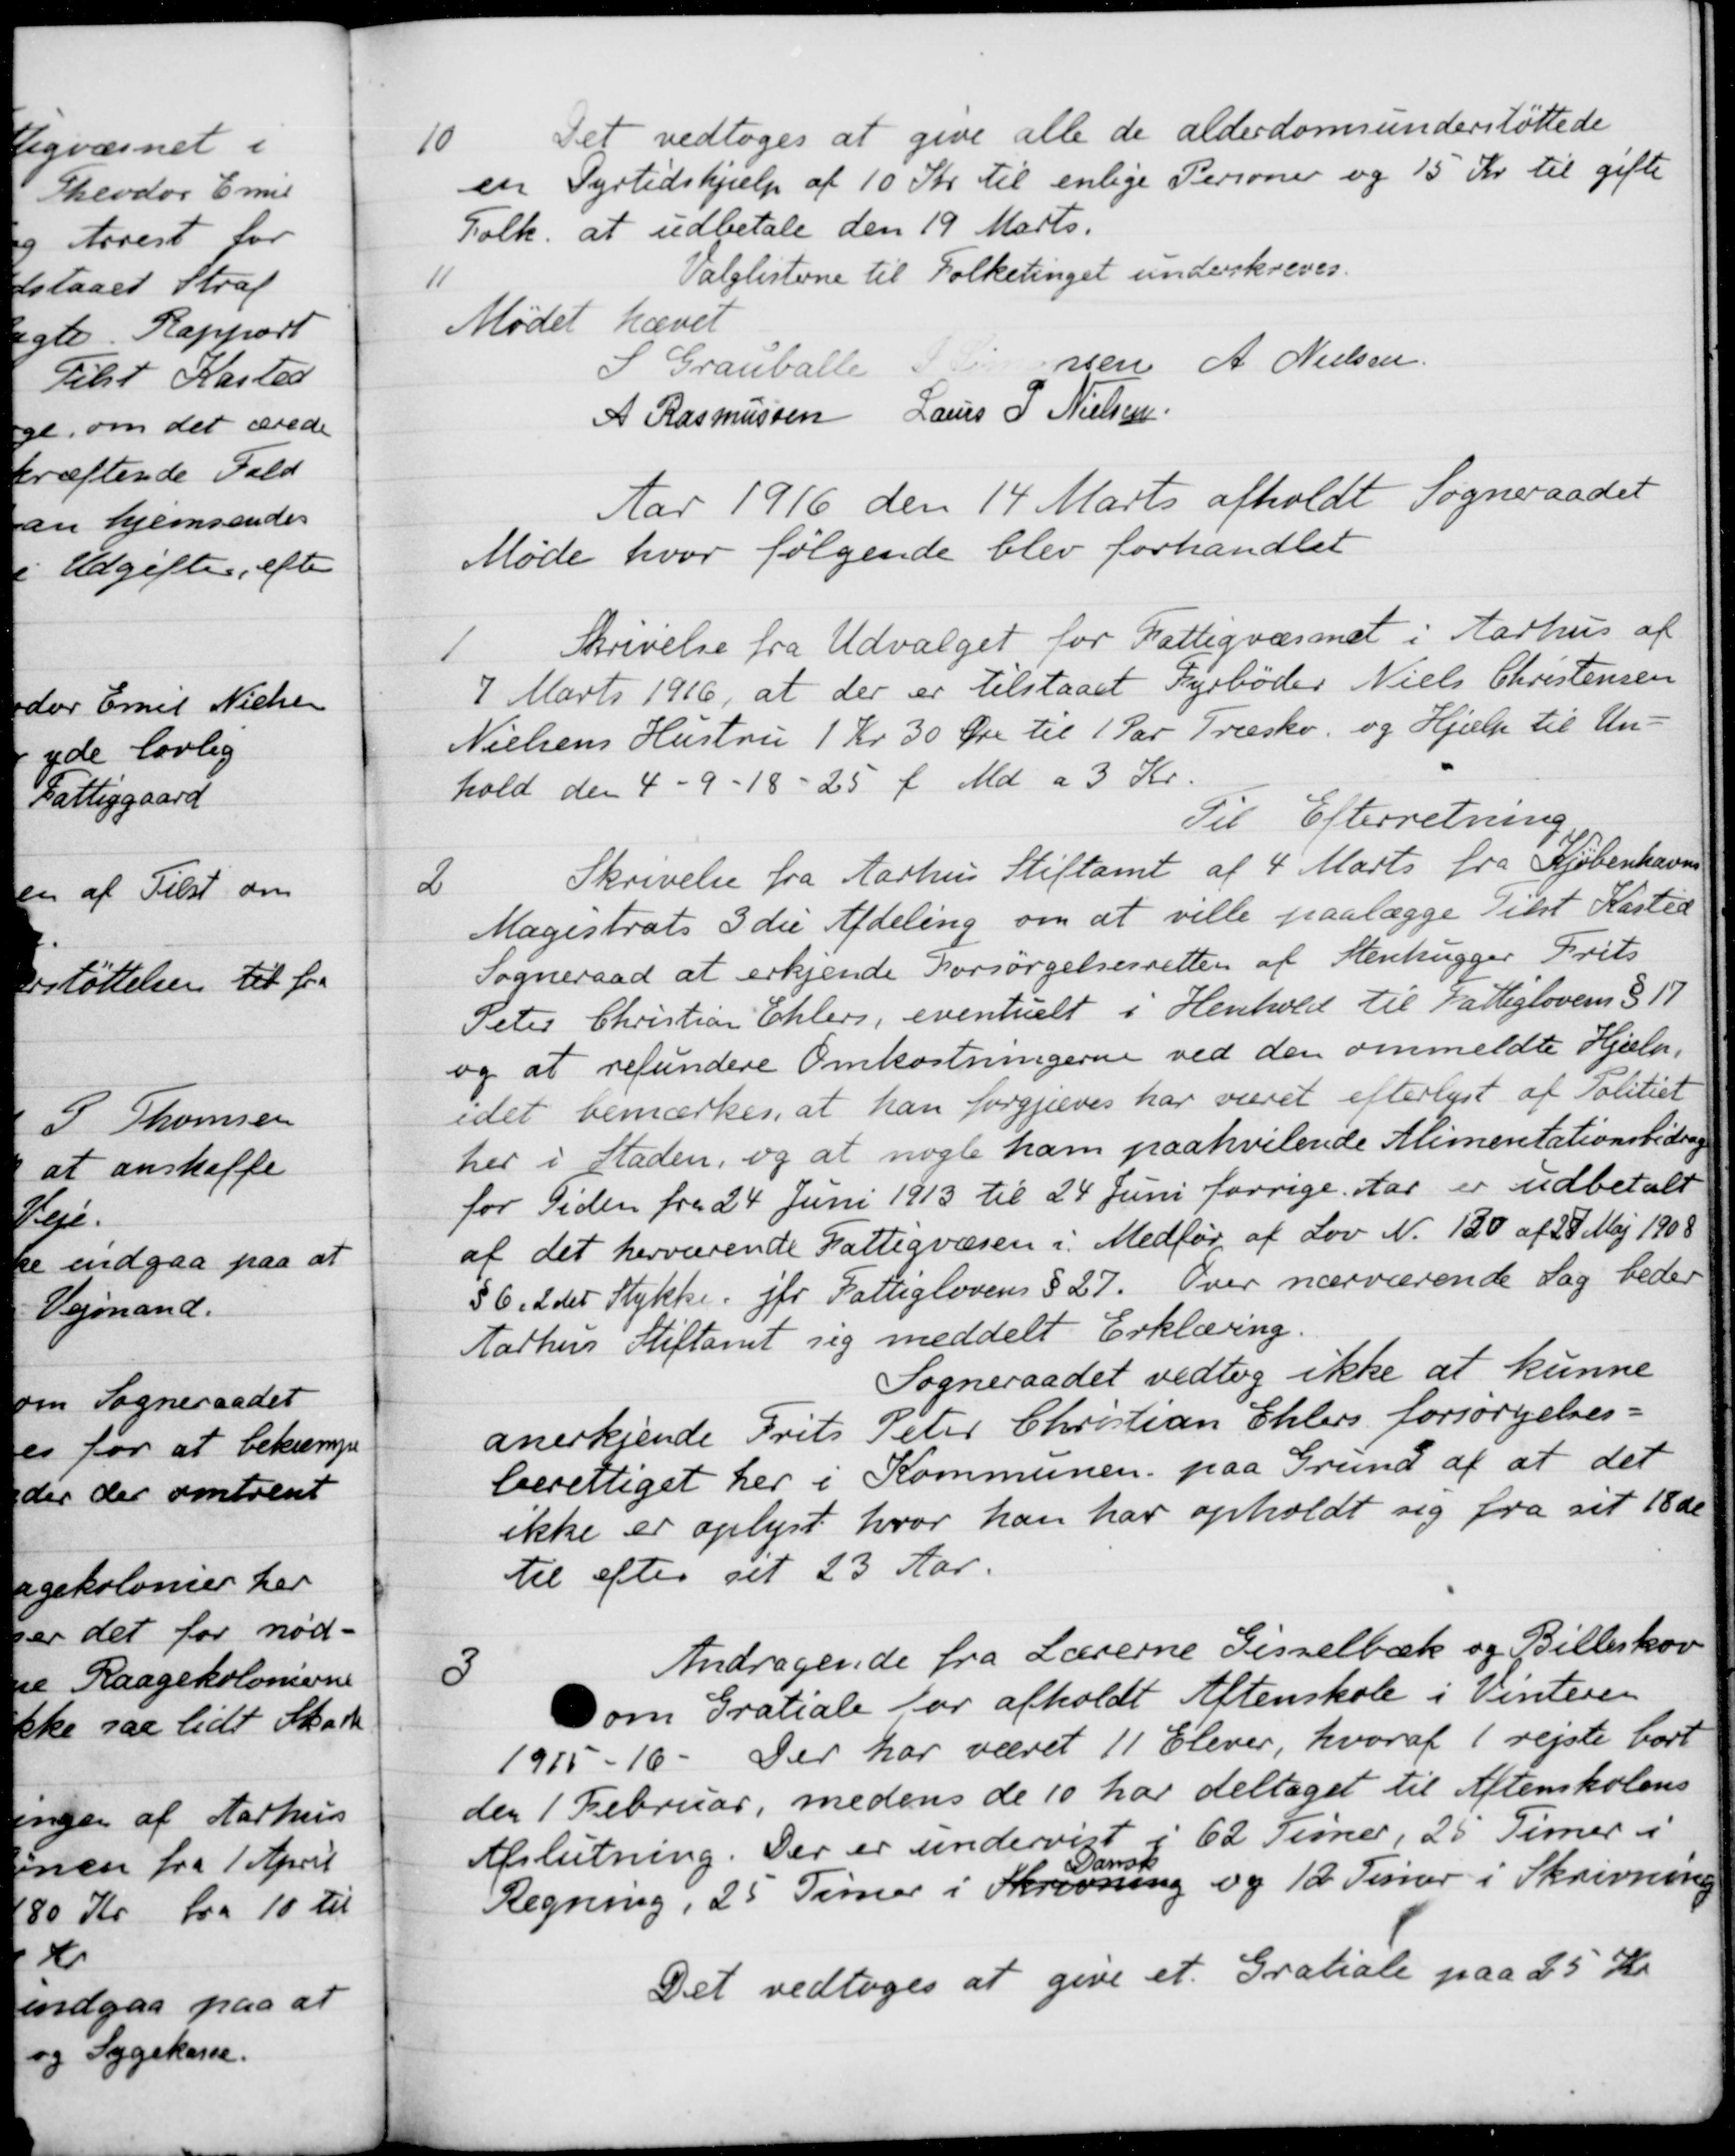
Transskription:
10
Det vedtoges at give alle de alderdomsunderstöttede
en Dyrtidshjælp af 10 Kr. til enlige Personer og 15 Kr til gifte
Folk at udbetale den 19 Marts.
11
Valglisterne til Folketinget underskreves.
Mødet hævet
S Grauballe
P Simonsen
A. Nielsen
A Rasmussen
Laurs P Nielsen
Aar 1916 den 14 Marts afholdt Sogneraadet
Møde hvor følgende blev forhandlet
1
Skrivelse fra Udvalget for Fattigvæsnet i Aarhus af
7 Marts 1916, at der er tilstaaet Fyrbøder Niels Christensen
Nielsens Hustru 1 Kr 30 Øre til 1 Par Træsko og Hjælp til Un-
hold den 4 - 9 - 18 - 25 f. Md. a 3 Kr.
Til Efterretning
2
Skrivelse fra Aarhus Stiftamt af 4' Marts fra Kjøbenhavns
Magistrats 3de Afdeling om at ville paalægge Tilst Kasted
Sogneraad at erkjende Forsørgelsesretten af Stenhugger Frits
Peter Christian Ehlers, eventuelt i Henhold til Fattiglovens § 17
og at refundere Omkostningerne ved den ommeldte Hjælp.
idet bemærkes, at han forgjæves har været efterlyst af Politiet
her i Staden, og at nogle ham paahvilende Alimentationsbidrag
for Tiden fra 24 Juni 1913 til 24 Juni forrige Aar er udbetalt
af det herværende Fattigvæsen i Medfør af Lov N. 130 af 27. Maj 1908
§6,,2 det Stykke, jfr Fattiglovens § 27. Over nærværende Sag beder
tarhus Stiftamt sig meddelt Erklæring.
Sogneraadet vedtog ikke at kunne
anerkjende Frits Peter Christian Ehlers forsørgelses-
berettiget her i Kommunen paa Grund af at det
ikke er oplyst hvor han har opholdt sig fra sit 18de
til efter sit 23 Aar.
3
Andragende fra Lærerne Gisselbæk og Billeskov
som Gratiale for afholdt Aftenskole i Vinteren
1915 - 16. Der har været 11 Elever, hvoraf 1 rejste bort
den 1 Februar, medens de 10 har deltaget til Aftenskolens
Afslutning. Der er undervist i 62 Timer, 25 Timer i
Regning, 25 Timer i Skrivning
Dansk
og 12 Timer i Skrivning
Det vedtoges at give et Gratiale paa 25 Kr